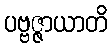
ပဗ္ဗဇ္ဇာယာတိ